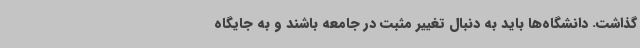
گذاشت. دانشگاه‌ها باید به دنبال تغییر مثبت در جامعه باشند و به جایگاه